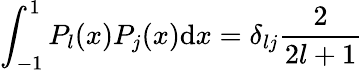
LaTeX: \int_{-1}^{1}P_{l}(x)P_{j}(x)\mathrm{d}x=\delta_{lj}\frac{{2}}{{2l+1}}